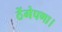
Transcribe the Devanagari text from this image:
ठेंगेपणा।